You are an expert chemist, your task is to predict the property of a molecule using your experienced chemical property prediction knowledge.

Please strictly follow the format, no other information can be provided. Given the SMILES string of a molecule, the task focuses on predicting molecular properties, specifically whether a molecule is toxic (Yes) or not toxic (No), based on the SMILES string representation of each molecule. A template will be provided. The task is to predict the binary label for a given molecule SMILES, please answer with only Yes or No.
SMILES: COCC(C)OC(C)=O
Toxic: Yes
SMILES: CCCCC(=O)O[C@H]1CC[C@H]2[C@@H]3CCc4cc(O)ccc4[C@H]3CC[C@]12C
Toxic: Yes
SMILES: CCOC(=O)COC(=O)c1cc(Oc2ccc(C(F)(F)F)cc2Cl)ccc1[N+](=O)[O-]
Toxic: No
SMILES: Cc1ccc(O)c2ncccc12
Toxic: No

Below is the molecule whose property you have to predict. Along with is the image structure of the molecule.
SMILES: O=Cc1ccccc1S(=O)(=O)[O-]
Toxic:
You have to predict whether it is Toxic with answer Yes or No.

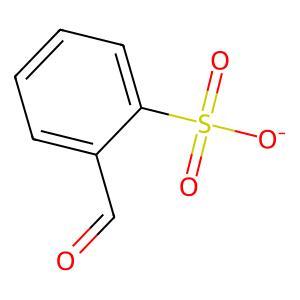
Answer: No